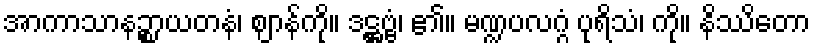
အာကာသာနဉ္စာယတနံ၊ ဈာန်ကို။ ဒဋ္ဌဗ္ဗံ၊ ၏။ မဏ္ဍပလဂ္ဂံ ပုရိသံ၊ ကို။ နိဿိတော